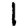
Digit: 1